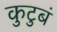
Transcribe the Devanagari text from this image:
कुटुबं